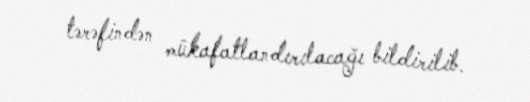
tərəfindən mükafatlandırılacağı bildirilib.